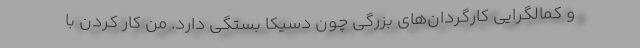
و کمالگرایی کارگردان‌های بزرگی چون دسیکا بستگی دارد. من کار کردن با